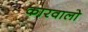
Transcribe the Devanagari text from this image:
कारवालो